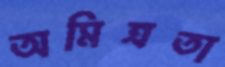
অমিত্রতা